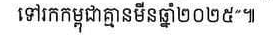
ធ្វើនៅរាជធានីភ្នំពេញ ថ្ងៃទី០៤ ខែធ្នូ ឆ្នាំ២០២១